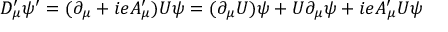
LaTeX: D _ { \mu } ^ { \prime } \psi ^ { \prime } = ( \partial _ { \mu } + i e A _ { \mu } ^ { \prime } ) U \psi = ( \partial _ { \mu } U ) \psi + U \partial _ { \mu } \psi + i e A _ { \mu } ^ { \prime } U \psi